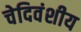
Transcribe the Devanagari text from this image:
चेदिवंशीय